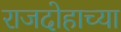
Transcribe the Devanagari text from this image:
राजदोहाच्या